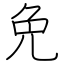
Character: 免